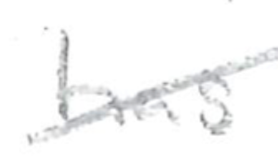
Text: has
Cross-out: diagonal
Writing tool: pencil